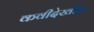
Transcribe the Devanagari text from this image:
कवीदेखील